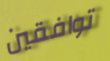
توافقين